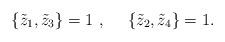
LaTeX: \begin{align*} \lbrace {\tilde z_1},{\tilde z_3}\rbrace =1~,~~~~ \lbrace {\tilde z_2},{\tilde z_4}\rbrace =1 .\end{align*}